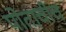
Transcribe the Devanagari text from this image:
पोताचीच